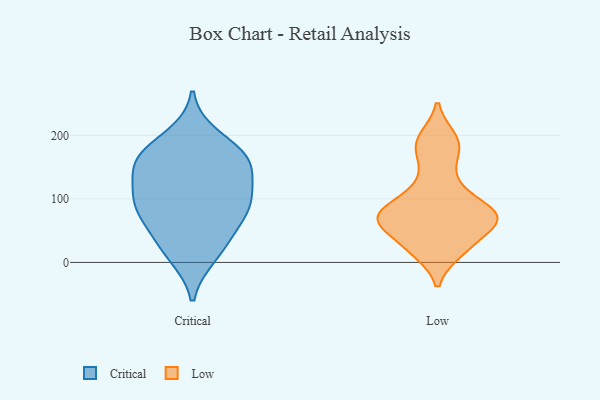
{"axis": {"x": "Shipments", "y": "Value"}, "legend": ["Critical", "Low"], "data": [{"x": "", "y": 116, "type": "Critical"}, {"x": "", "y": 151, "type": "Critical"}, {"x": "", "y": 95, "type": "Critical"}, {"x": "", "y": 168, "type": "Critical"}, {"x": "", "y": 158, "type": "Critical"}, {"x": "", "y": 92, "type": "Critical"}, {"x": "", "y": 105, "type": "Critical"}, {"x": "", "y": 161, "type": "Critical"}, {"x": "", "y": 20, "type": "Critical"}, {"x": "", "y": 77, "type": "Critical"}, {"x": "", "y": 11, "type": "Critical"}, {"x": "", "y": 164, "type": "Critical"}, {"x": "", "y": 42, "type": "Critical"}, {"x": "", "y": 73, "type": "Critical"}, {"x": "", "y": 198, "type": "Critical"}, {"x": "", "y": 87, "type": "Low"}, {"x": "", "y": 124, "type": "Low"}, {"x": "", "y": 68, "type": "Low"}, {"x": "", "y": 195, "type": "Low"}, {"x": "", "y": 69, "type": "Low"}, {"x": "", "y": 72, "type": "Low"}, {"x": "", "y": 175, "type": "Low"}, {"x": "", "y": 18, "type": "Low"}, {"x": "", "y": 28, "type": "Low"}, {"x": "", "y": 68, "type": "Low"}]}